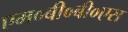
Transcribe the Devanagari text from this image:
एम०बी०बी०एस